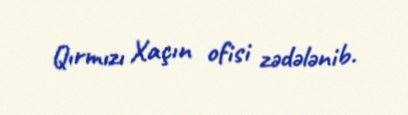
Qırmızı Xaçın ofisi zədələnib.